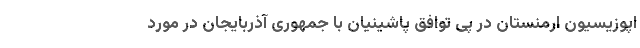
اپوزیسیون ارمنستان در پی توافق پاشینیان با جمهوری آذربایجان در مورد